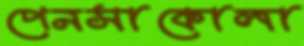
পেনসাকোলা